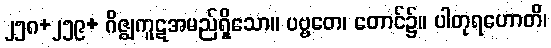
၂၅၈+၂၅၉+ ဂိဇ္ဈကူဋအမည်ရှိသော။ ပဗ္ဗတေ၊ တောင်၌။ ပါတုရဟောတိ၊